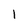
Character: 1